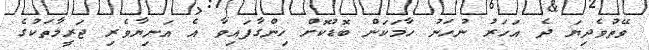
ވޭތުވެދިޔަ ދެ އަހަރު ނުހަނު ހާމަކަން ބޮޑުކޮށް ހިންގާފައިވާ އެ އަނިޔާވެރި ޖަރީމާތަކުގެ